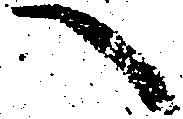
へ